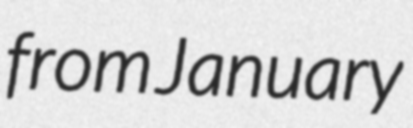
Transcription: from January